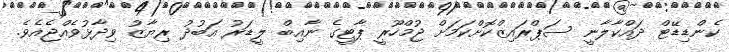
ކެންޑިޑޭޓް ދައްކާލާނީ ސަޕްރައިޒްކޮށްކަމަށް ޖުމްހޫރީ ޕާޓީގެ ނާއިބް ލީޑަރު އަބުދު ރިޔާޒު ވިދާޅުވެއްޖެއެވެ.